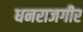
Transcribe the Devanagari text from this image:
धनराजगीर